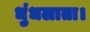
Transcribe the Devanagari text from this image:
धुंधलाता।